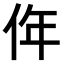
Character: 𠈠